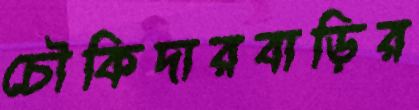
চৌকিদারবাড়ির